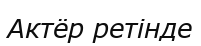
Актёр ретінде